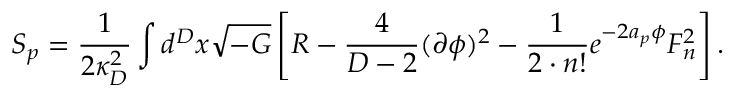
S _ { p } = { \frac { 1 } { 2 \kappa _ { D } ^ { 2 } } } \int d ^ { D } x \sqrt { - G } \left[ { \cal R } - { \frac { 4 } { D - 2 } } ( \partial \phi ) ^ { 2 } - { \frac { 1 } { 2 \cdot n ! } } e ^ { - 2 a _ { p } \phi } F _ { n } ^ { 2 } \right] .